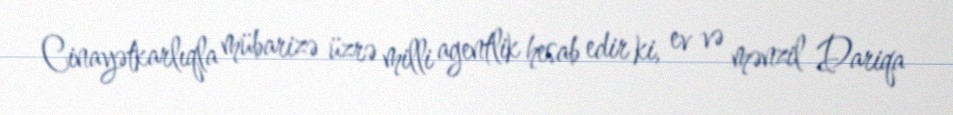
Cinayətkarlıqla mübarizə üzrə milli agentlik hesab edir ki, ev və mənzil Dariqa